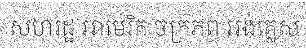
សហរដ្ឋ អាមេរិក ចក្រភព អង់គ្លេស